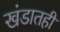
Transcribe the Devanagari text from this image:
खंडातही